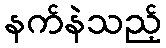
နက်နဲသည့်